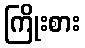
ကြိုးစား